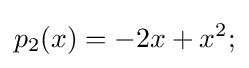
p_{2}(x)=-2x+x^{2};